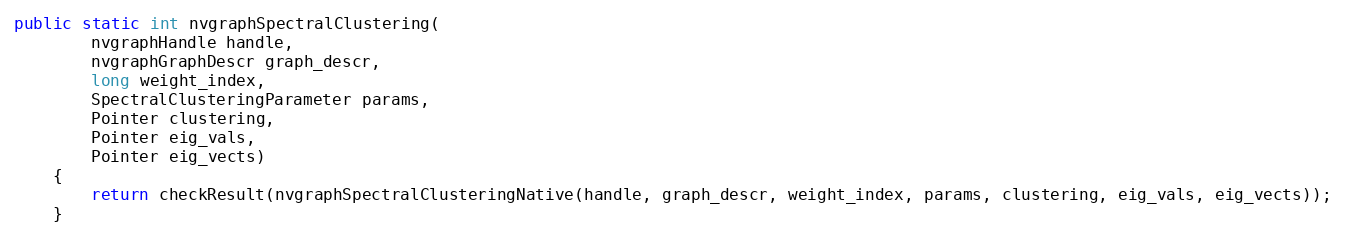
Language: Java
public static int nvgraphSpectralClustering(
        nvgraphHandle handle,
        nvgraphGraphDescr graph_descr,
        long weight_index,
        SpectralClusteringParameter params,
        Pointer clustering,
        Pointer eig_vals,
        Pointer eig_vects)
    {
        return checkResult(nvgraphSpectralClusteringNative(handle, graph_descr, weight_index, params, clustering, eig_vals, eig_vects));
    }